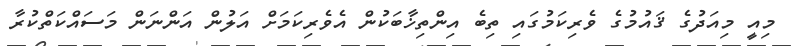
މިއީ މިއަދުގެ ޤައުމުގެ ވެރިކަމުގައި ތިބެ އިންތިޚާބަކުން އެވެރިކަމަށް އަލުން އަންނަން މަސައްކަތްކުރާ